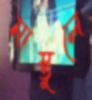
মাস্তুলে